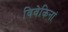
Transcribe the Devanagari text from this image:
विवेकिनां